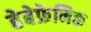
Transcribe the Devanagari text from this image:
हेबेफ्रेनिक